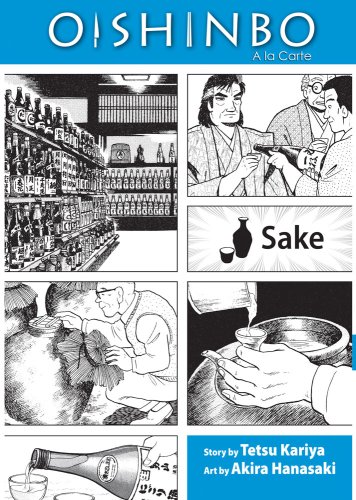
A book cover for Oishinbo: Ã  la Carte, Vol. 2: Sake; Tetsu Kariya; Teen & Young Adult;